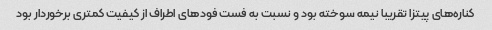
کناره‌های پیتزا تقریبا نیمه سوخته بود و نسبت به فست فودهای اطراف از کیفیت کمتری برخوردار بود